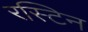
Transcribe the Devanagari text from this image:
रस्टिन